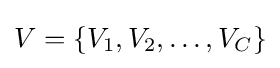
V=\{V_{1},V_{2},\ldots ,V_{C}\}